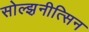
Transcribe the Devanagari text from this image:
सोल्झ़नीत्सिन